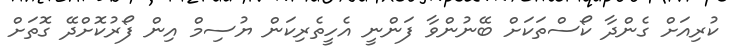
ކުރިއަށް ގެންދާ ކޯސްތަކަށް ބޭނުންވާ ފަންނީ އެހީތެރިކަން ޔުސިމް އިން ފޯރުކޮށްދޭ ގޮތަށް